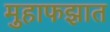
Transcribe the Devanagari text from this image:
मुहाफझात